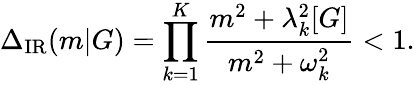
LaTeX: \Delta_{\mathrm{IR}}(m|G)=\prod_{k=1}^{K}\frac{m^{2}+\lambda_{k}^{2}[G]}{m^{2}+\omega_{k}^{2}}<1.